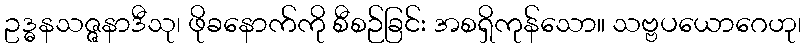
ဥဒ္ဓနသဇ္ဇနာဒီသု၊ ဖိုခနောက်ကို စီစဉ်ခြင်း အစရှိကုန်သော။ သဗ္ဗပယောဂေဟု၊